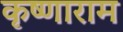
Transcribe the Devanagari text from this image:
कृष्णाराम